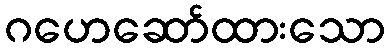
ဂဟေဆော်ထားသော